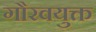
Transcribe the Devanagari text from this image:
गौरवयुक्त